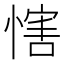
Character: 𢞐